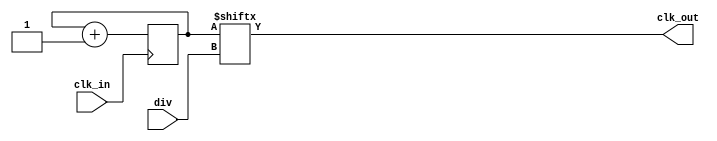
`timescale 1ns / 1ps
//////////////////////////////////////////////////////////////////////////////////
// Company: 
// Engineer: 
// 
// Design Name: 
// Module Name:    clk_div 
// Project Name: 
// Target Devices: 
// Tool versions: 
// Description: 
//
// Dependencies: 
//
// Revision: 
// Revision 0.01 - File Created
// Additional Comments: 
//
//////////////////////////////////////////////////////////////////////////////////
module clk_div(
    input wire clk_in,
    output wire clk_out,
    input wire [7:0] div
    ); 

    reg [31:0] clk_cnt;

    always @ (posedge clk_in)
    begin
        clk_cnt <= clk_cnt + 32'b1;
    end

    assign clk_out = clk_cnt [div];

endmodule